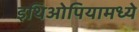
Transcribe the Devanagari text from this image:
इथिओपियामध्ये